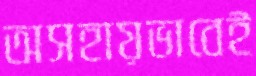
অসহায়ভাবেই